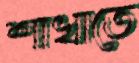
শাখাতে